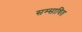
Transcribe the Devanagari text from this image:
सम्साधित